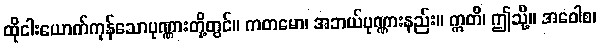
ထိုငါးယောက်ကုန်သောပုဏ္ဏားတို့တွင်။ ကတမော၊ အဘယ်ပုဏ္ဏားနည်း။ ဣတိ၊ ဤသို့။ အဝေါစ၊